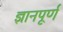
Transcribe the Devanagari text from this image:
ज्ञानपूर्ण